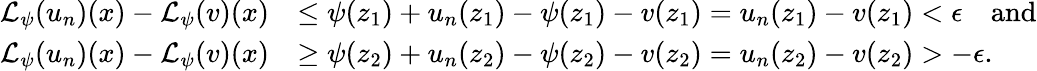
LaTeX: \begin{array}{rl}{\mathcal{L}_{\psi}(u_{n})(x)-\mathcal{L}_{\psi}(v)(x)}&{\leq\psi(z_{1})+u_{n}(z_{1})-\psi(z_{1})-v(z_{1})=u_{n}(z_{1})-v(z_{1})<\epsilon\quad\mathrm{and}}\\ {\mathcal{L}_{\psi}(u_{n})(x)-\mathcal{L}_{\psi}(v)(x)}&{\geq\psi(z_{2})+u_{n}(z_{2})-\psi(z_{2})-v(z_{2})=u_{n}(z_{2})-v(z_{2})>-\epsilon.}\end{array}